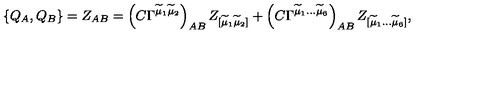
\{ Q _ { A } , Q _ { B } \} = Z _ { A B } = \left( C \Gamma ^ { \widetilde { \mu } _ { 1 } \widetilde { \mu } _ { 2 } } \right) _ { A B } Z _ { [ \widetilde { \mu } _ { 1 } \widetilde { \mu } _ { 2 } ] } + \left( C \Gamma ^ { \widetilde { \mu } _ { 1 } \ldots \widetilde { \mu } _ { 6 } } \right) _ { A B } Z _ { [ \widetilde { \mu } _ { 1 } \ldots \widetilde { \mu } _ { 6 } ] } ,